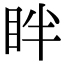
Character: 眫